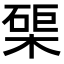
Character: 𭫑